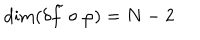
LaTeX: \mathrm { d i m } ( \delta \tilde { f } \circ \varphi ) = N - 2